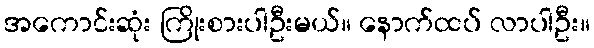
အကောင်းဆုံး ကြိုးစားပါဦးမယ်။ နောက်ထပ် လာပါဦး။